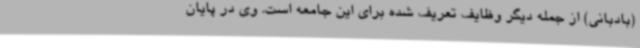
(بادبانی) از جمله دیگر وظایف تعریف شده برای این جامعه است. وی در پایان